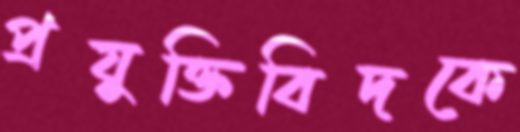
প্রযুক্তিবিদকে